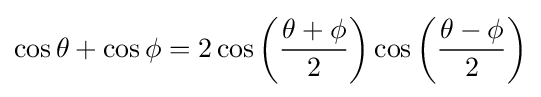
\cos \theta +\cos \phi =2\cos \left({\frac {\theta +\phi }{2}}\right)\cos \left({\frac {\theta -\phi }{2}}\right)